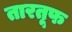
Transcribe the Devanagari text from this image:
तारतूफ